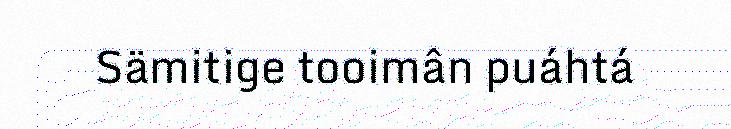
Sämitige tooimân puáhtá